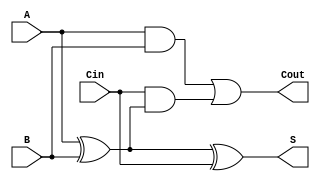
module full_adder (
    input wire A,        // First input bit
    input wire B,        // Second input bit
    input wire Cin,      // Carry-in bit
    output wire S,       // Sum output
    output wire Cout     // Carry-out output
);

// Internal wire declarations for intermediate signals
wire A_xor_B;         // Intermediate sum from A and B
wire A_and_B;         // Intermediate carry from A and B
wire Cin_and_A_xor_B; // Intermediate carry from Cin and (A xor B)

// Logic implementation
assign A_xor_B = A ^ B;                // A XOR B
assign S = A_xor_B ^ Cin;              // Sum is (A XOR B) XOR Cin
assign A_and_B = A & B;                // A AND B
assign Cin_and_A_xor_B = Cin & A_xor_B; // Cin AND (A XOR B)
assign Cout = A_and_B | Cin_and_A_xor_B; // Carry-out is (A AND B) OR (Cin AND (A XOR B))

endmodule